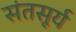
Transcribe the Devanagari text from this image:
संतसूर्य